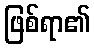
ဖြစ်ရာ၏